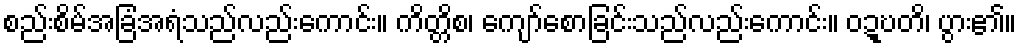
စည်းစိမ်အခြံအရံသည်လည်းကောင်း။ ကိတ္တိစ၊ ကျော်စောခြင်းသည်လည်းကောင်း။ ဝဍ္ဎတိ၊ ပွား၏။